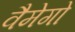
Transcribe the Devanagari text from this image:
वैमेगो